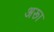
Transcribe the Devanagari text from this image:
अरूा